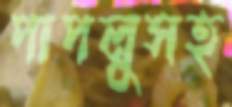
পাপলুসহ